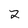
Character: 2